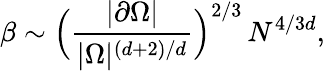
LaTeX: \beta\sim\Big(\frac{|\partial\Omega|}{|\Omega|^{(d+2)/d}}\Big)^{2/3}\, N^{4/3d},